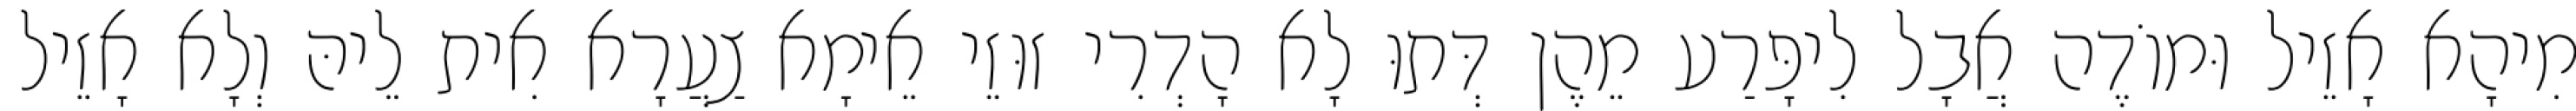
מִיהָא אָזֵיל וּמוֹדֶה אֲבָל לִיפָּרַע מֵהֶן דְּתוּ לָא הָדְרִי זוּזֵי אֵימָא צַעֲרָא אִית לֵיהּ וְלָא אָזֵיל